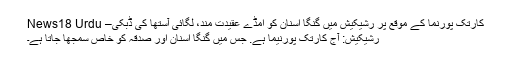
کارتک پورنما کے موقع پر رشیکیش میں گنگا اسنان کو امڈے عقیدت مند، لگائی آستھا کی ڈبکی– News18 Urdu
رشیکیش: آج کارتک پورنیما ہے. جس میں گنگا اسنان اور صدقہ کو خاص سمجھا جاتا ہے۔